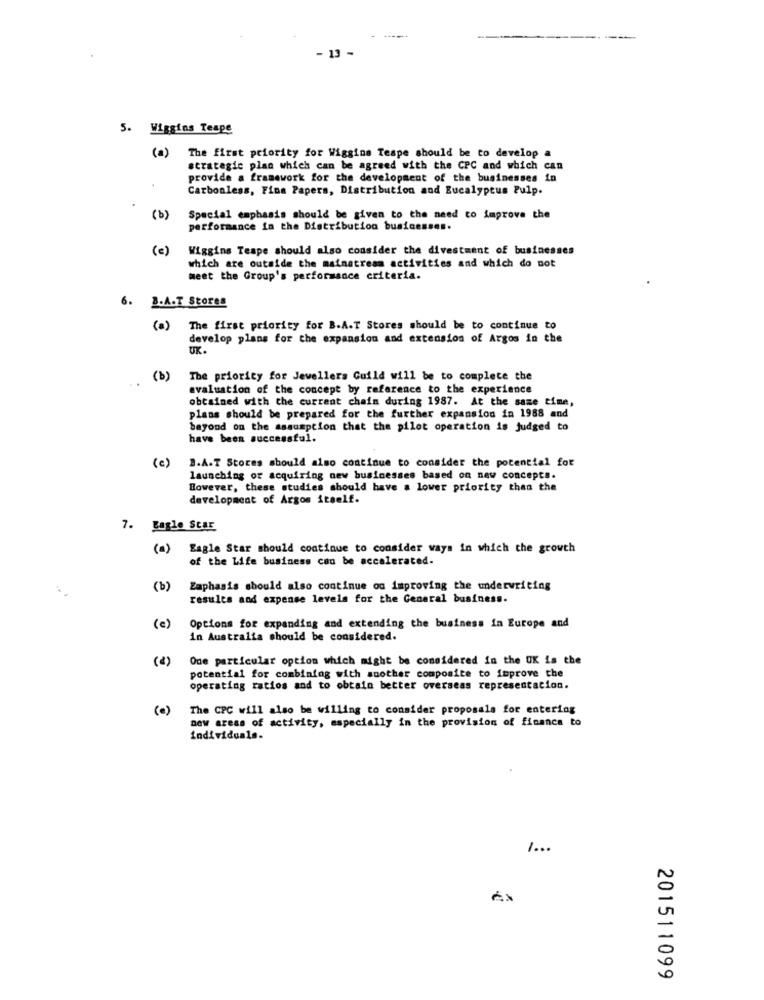
13
5. Wiggins Teape
(a) The first priority for Wiggins Tespe should be to develop a
strategic plan which can be agreed with the CPC and which can
provide a framework for the development of the businesses in
Carbonless, Fina Papers, Distribution and Eucalyptus Pulp.
(b)
Special emphasis should be given to the need to improve the
performance in the Distribution businesses.
(e)
Wiggins Teape should also consider the divestment of businesses
which are outside the mainstream activities and which do not
meet the Group's performance criteria.
6. B.A.T Stores
(a)
The first priority for B.A.T Stores should be to continue to
develop plans for the expansion and extension of Argos in the
UK.
(b)
The priority for Jewellers Guild will be to complete the
evaluation of the concept by reference to the experience
obtained with the current chain during 1987. At the same time,
plans should be prepared for the further expansion in 1988 and
beyond on the assumption that the pilot operation is judged to
have been successful.
3.A.T Stores should also continue to consider the potential for
(e)
launching or acquiring new businesses based on new concepts.
However, these studies should have a lower priority than the
development of Argos itself.
7. Eagle Star
(a)
Eagle Star should continue to consider ways in which the growth
of the Life business can be accelerated.
(b)
Zaphasis should also continue on improving the underwriting
results and expense levels for the General business.
(c)
Options for expanding and extending the business in Europe and
in Australia should be considered.
(¿)
One particular option which might be considered in the UK is the
potential for combining with suother composite to improve the
operating ratios and to obtain better overseas representation.
(e)
The CPC will also be willing to consider proposals for entering
new areas of activity, especially in the provision of finance to
individuals.
1 ...
201511099